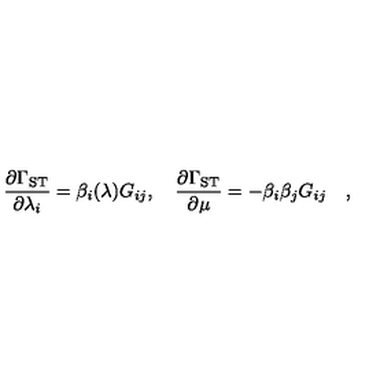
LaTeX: { \frac { \partial \Gamma _ { \mathrm { S T } } } { \partial \lambda _ { i } } } = \beta _ { i } ( \lambda ) G _ { i j } , \quad { \frac { \partial \Gamma _ { \mathrm { S T } } } { \partial \mu } } = - \beta _ { i } \beta _ { j } G _ { i j } \quad ,